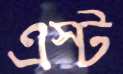
এস্ট